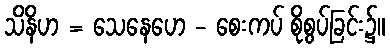
သိနိဟ = သေနေဟေ - စေးကပ် စိုစွပ်ခြင်း၌။